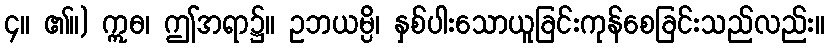
၄။ ၏။) ဣဓ၊ ဤအရာ၌။ ဥဘယမ္ပိ၊ နှစ်ပါးသောယူခြင်းကုန်စေခြင်းသည်လည်း။